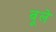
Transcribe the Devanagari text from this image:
वूले